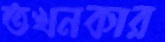
তখনকার